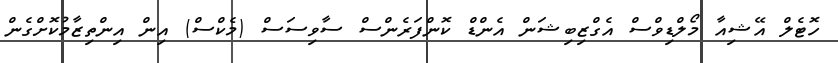
ހޮޓެލް އޭޝިއާ މޯލްޑިވްސް އެގްޒިބިޝަން އެންޑް ކޮންފަރެންސް ސާވިސަސް (މެކްސް) އިން އިންތިޒާމުކޮށްގެން